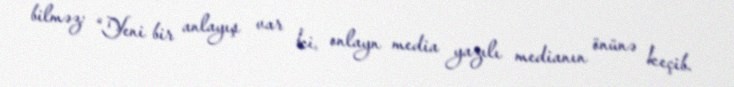
bilməz: “Yeni bir anlayış var ki, onlayn media yazılı medianın önünə keçib.